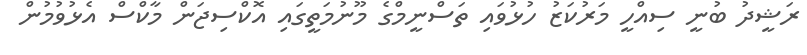
ރަޝީދު ބުނީ ސިއްހީ މަރުކަޒު ހުޅުވައި ތަސްނީމްގެ މޫނުމަތީގައި އޮކްސިޖަން މާކްސް އެޅުވުމުން